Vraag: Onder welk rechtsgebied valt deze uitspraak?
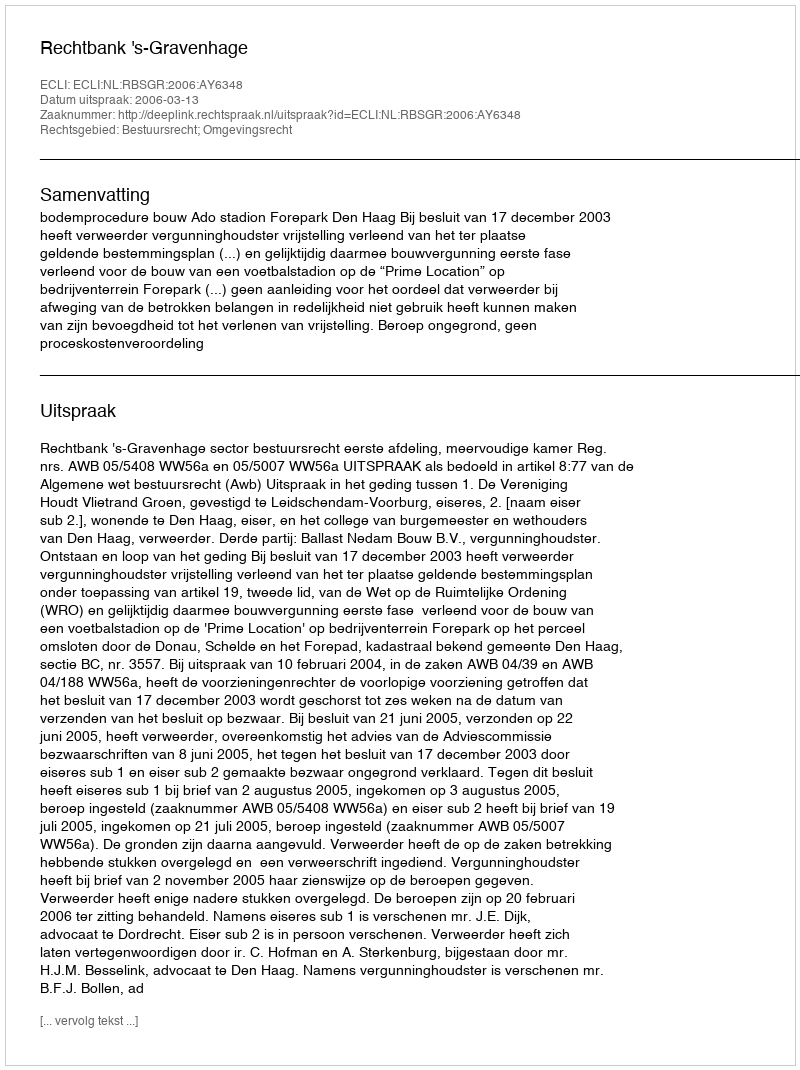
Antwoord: Bestuursrecht; Omgevingsrecht